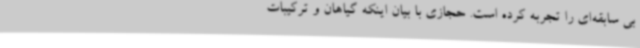
بی سابقه‌ای را تجربه کرده است. حجازی با بیان اینکه گیاهان و ترکیبات